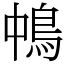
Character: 𩿀